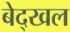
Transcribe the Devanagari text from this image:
बेद्खल